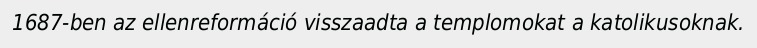
1687-ben az ellenreformáció visszaadta a templomokat a katolikusoknak.